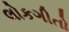
લોકગીતો